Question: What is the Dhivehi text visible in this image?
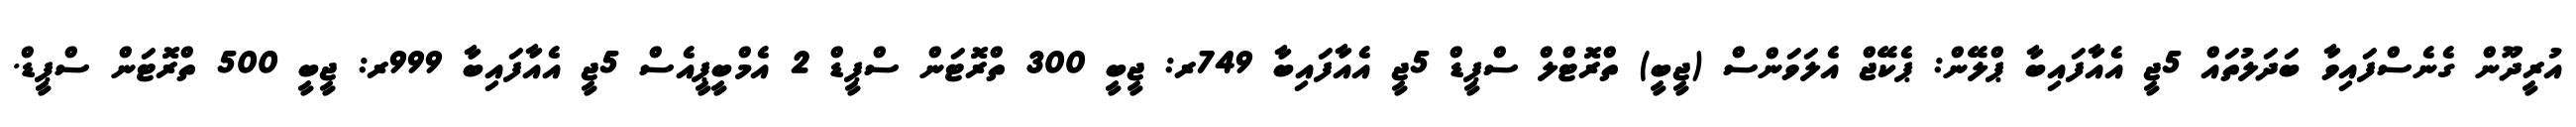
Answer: އުރީދޫން ގެނެސްފައިވާ ބަދަލުތައް 5ޖީ އެއާފައިބާ ޕްލޭން: ޕެކޭޖް އެލަވަންސް (ޖީބީ) ތްރޮޓްލް ސްޕީޑް 5ޖީ އެއާފައިބާ 749ރ: ޖީބީ 300 ތްރޮޓަން ސްޕީޑް 2 އެމްބީޕީއެސް 5ޖީ އެއާފައިބާ 999ރ: ޖީބީ 500 ތްރޮޓަން ސްޕީޑް.